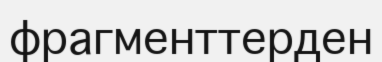
фрагменттерден